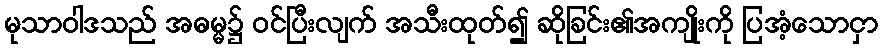
မုသာဝါဒသည် အဓမ္မ၌ ဝင်ပြီးလျက် အသီးထုတ်၍ ဆိုခြင်း၏အကျိုးကို ပြအံ့သောငှာ